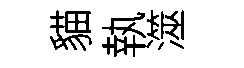
貓執澨